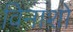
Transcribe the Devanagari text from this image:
विनाशों